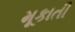
મૂકાતી